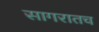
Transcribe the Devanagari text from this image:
सागरातच